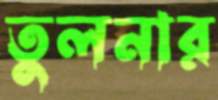
তুলনার